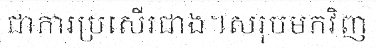
ជាការប្រសើរជាង។សរុបមកវិញ